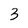
Character: 3